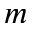
m